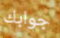
جوابك